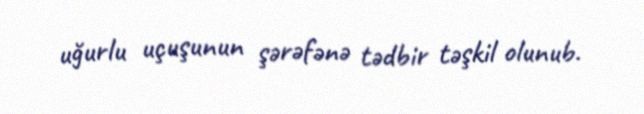
uğurlu uçuşunun şərəfənə tədbir təşkil olunub.